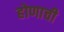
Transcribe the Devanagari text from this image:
होणाची